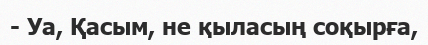
- Уа, Қасым, не қыласың соқырға,